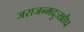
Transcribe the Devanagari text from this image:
जराजन्मदुःखौघ